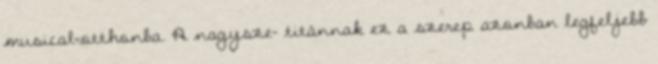
musical-otthonba. A nagysze- titánnak ez a szerep azonban legfeljebb